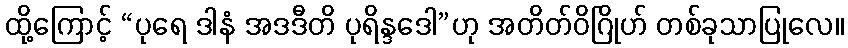
ထို့ကြောင့် “ပုရေ ဒါနံ အဒဒီတိ ပုရိန္ဒဒေါ”ဟု အတိတ်ဝိဂြိုဟ် တစ်ခုသာပြုလေ။